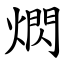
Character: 熌